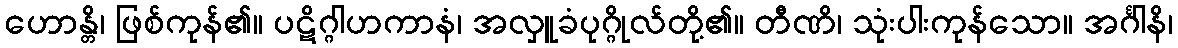
ဟောန္တိ၊ ဖြစ်ကုန်၏။ ပဋိဂ္ဂါဟကာနံ၊ အလှူခံပုဂ္ဂိုလ်တို့၏။ တီဏိ၊ သုံးပါးကုန်သော။ အင်္ဂါနိ၊